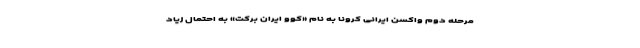
مرحله دوم واکسن ایرانی کرونا به نام «کوو ایران برکت» به احتمال زیاد